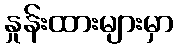
နှုန်းထားများမှာ